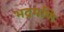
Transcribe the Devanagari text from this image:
भद्रमणि